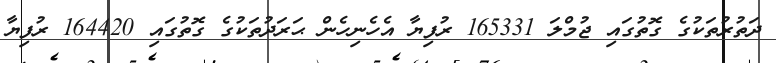
ދަތުރުތަކުގެ ގޮތުގައި ޖުމްލަ 165331 ރުފިޔާ އެހެނިހެން ޙަރަދުތަކުގެ ގޮތުގައި 164420 ރުފިޔާ